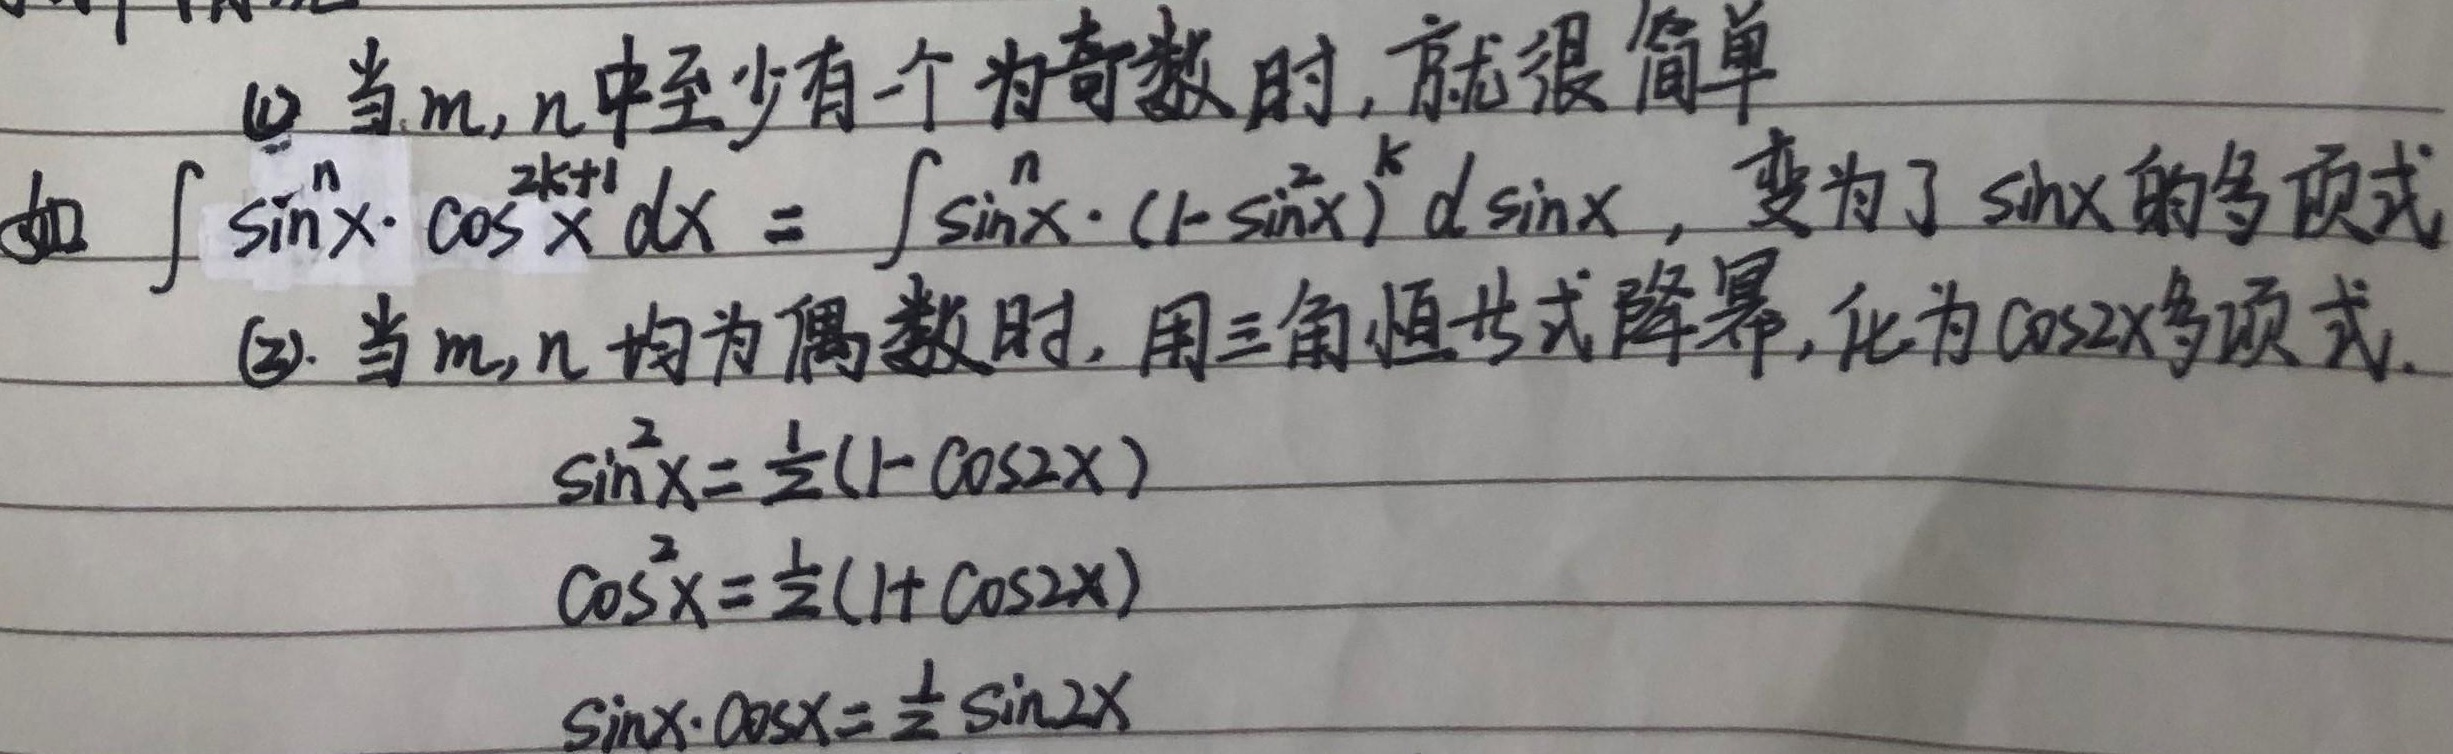
(1) 当\(m,n\)中至少有一个为奇数时，就很简单。如\(\int \sin^{n}x\cdot \cos^{2k + 1}x\mathrm{d}x=\int \sin^{n}x\cdot (1 - \sin^{2}x)^{k}\mathrm{d}\sin x\)，变为了\(\sin x\)的多项式。

(2) 当\(m,n\)均为偶数时，用三角恒等式降幂，化为\(\cos 2x\)多项式。

\[
\begin{align*}
\sin^{2}x&=\frac{1}{2}(1 - \cos 2x)\\
\cos^{2}x&=\frac{1}{2}(1 + \cos 2x)\\
\sin x\cdot\cos x&=\frac{1}{2}\sin 2x
\end{align*}
\]